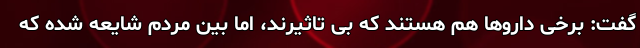
گفت: برخی داروها هم هستند که بی تاثیرند، اما بین مردم شایعه شده که